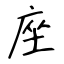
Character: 座